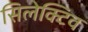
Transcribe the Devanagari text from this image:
सिलेक्टिव